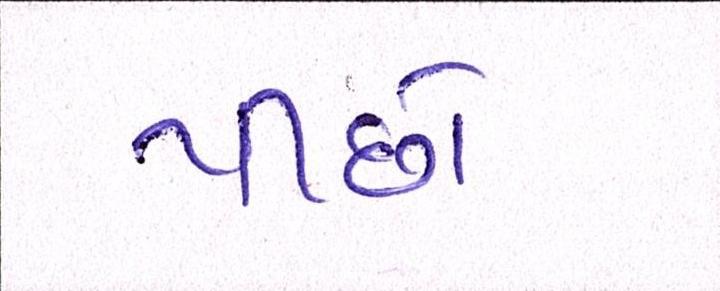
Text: પીછો